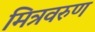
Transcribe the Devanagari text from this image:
मित्रवरुण